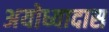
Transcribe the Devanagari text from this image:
अयोध्यादास